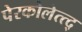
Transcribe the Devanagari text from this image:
पेरकोलेत्त्द्